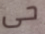
حى